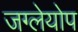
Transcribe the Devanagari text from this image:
जग्लेयोप